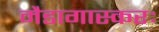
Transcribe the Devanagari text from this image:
मैडागास्करः